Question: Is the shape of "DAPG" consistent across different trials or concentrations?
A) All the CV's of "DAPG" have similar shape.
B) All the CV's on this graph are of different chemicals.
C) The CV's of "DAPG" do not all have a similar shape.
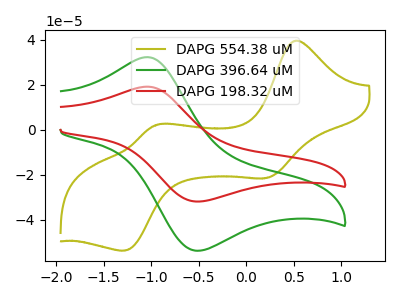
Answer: <think>The olive curve "DAPG 554.38 uM" has anodic peaks at (0.50V, 39.40uA) (-0.95V, 2.00uA) and cathodic peaks at (0.20V, -21.40uA) (-1.30V, -53.55uA). The green curve "DAPG 396.64 uM" has an anodic peak at (-1.05V, 32.25uA) and a cathodic peak at (-0.55V, -53.60uA). The red curve "DAPG 198.32 uM" has an anodic peak at (-1.05V, 19.15uA) and a cathodic peak at (-0.55V, -31.80uA).
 "DAPG 554.38 uM" and "DAPG 396.64 uM" have a different number of peaks. "DAPG 554.38 uM" and "DAPG 198.32 uM" have a different number of peaks. All the peaks in "DAPG 396.64 uM" have a peak in "DAPG 198.32 uM" at the same potential. Every peak in "DAPG 396.64 uM" is higher than every peak in "DAPG 198.32 uM".</think>
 <answer>A) All the CV's of "DAPG" have similar shape.</answer>
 <eval>A</eval>